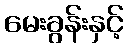
မေးခွန်းနှင့်